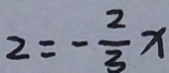
2 = - \frac { 2 } { 3 } x